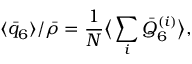
\langle \bar { q } _ { 6 } \rangle / \bar { \rho } = \frac { 1 } { N } \big \langle \sum _ { i } \bar { Q } _ { 6 } ^ { ( i ) } \big \rangle ,